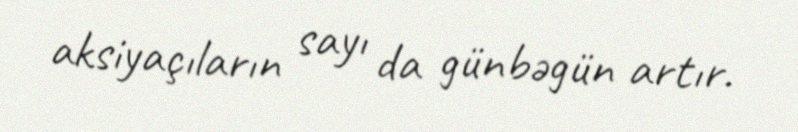
aksiyaçıların sayı da günbəgün artır.